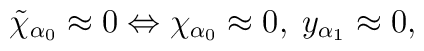
\tilde{\chi}_{\alpha _{0}}\approx 0\Leftrightarrow \chi _{\alpha_{0}}\approx 0,\;y_{\alpha _{1}}\approx 0,